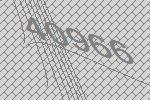
40966